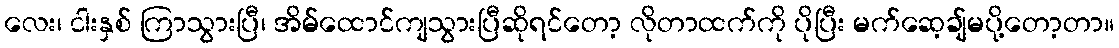
လေး၊ ငါးနှစ် ကြာသွားပြီ၊ အိမ်ထောင်ကျသွားပြီဆိုရင်တော့ လိုတာထက်ကို ပိုပြီး မက်ဆေ့ချ်မပို့တော့တာ။